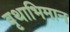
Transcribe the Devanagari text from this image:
वृथाभिमान